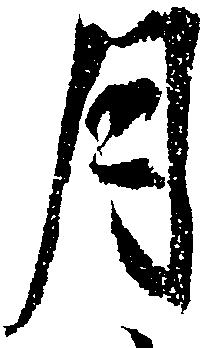
月